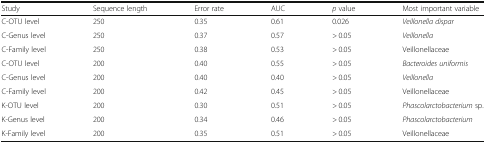
<table><thead><tr><td><b>Study</b></td><td><b>Sequence length</b></td><td><b>Error rate</b></td><td><b>AUC</b></td><td><b><i>p</i> value</b></td><td><b>Most important variable</b></td></tr></thead><tbody><tr><td>C-OTU level</td><td>250</td><td>0.35</td><td>0.61</td><td>0.026</td><td><i>Veillonella dispar</i></td></tr><tr><td>C-Genus level</td><td>250</td><td>0.37</td><td>0.57</td><td>&gt; 0.05</td><td><i>Veillonella</i></td></tr><tr><td>C-Family level</td><td>250</td><td>0.38</td><td>0.53</td><td>&gt; 0.05</td><td>Veillonellaceae</td></tr><tr><td>C-OTU level</td><td>200</td><td>0.40</td><td>0.55</td><td>&gt; 0.05</td><td><i>Bacteroides uniformis</i></td></tr><tr><td>C-Genus level</td><td>200</td><td>0.40</td><td>0.40</td><td>&gt; 0.05</td><td><i>Veillonella</i></td></tr><tr><td>C-Family level</td><td>200</td><td>0.42</td><td>0.45</td><td>&gt; 0.05</td><td>Veillonellaceae</td></tr><tr><td>K-OTU level</td><td>200</td><td>0.30</td><td>0.51</td><td>&gt; 0.05</td><td><i>Phascolarctobacterium</i> sp.</td></tr><tr><td>K-Genus level</td><td>200</td><td>0.34</td><td>0.46</td><td>&gt; 0.05</td><td><i>Phascolarctobacterium</i></td></tr><tr><td>K-Family level</td><td>200</td><td>0.35</td><td>0.51</td><td>&gt; 0.05</td><td>Veillonellaceae</td></tr></tbody></table>